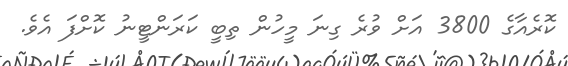
ކޮރެއާގެ 3800 އަށް ވުރެ ގިނަ މީހުން ތިބީ ކަރަންޓީނު ކޮށްފަ އެވެ.